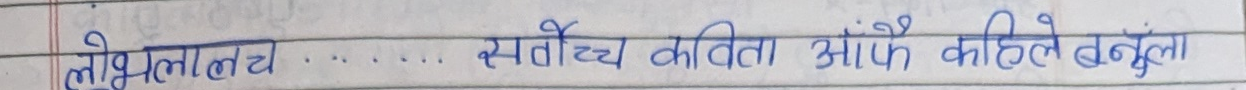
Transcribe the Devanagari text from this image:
लोभलालचे .... सर्वोच्च कविता ओफेँ कहिले बनूला